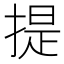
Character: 提